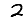
Digit: 2